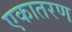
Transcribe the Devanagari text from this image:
एकातरण